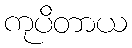
ကုပိတာယ